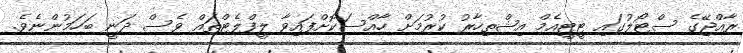
ރާއްޖޭގެ ސްޓޯލުގައި ޓީޓީއެމް އިޝްތިހާރު ކުރުމަށް ހާއްސަކޮށްފައިވާ ލީފްލެޓްތައް ވެސް ދަނީ ބަހަމުންނެވެ.